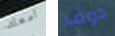
أمعك دوف